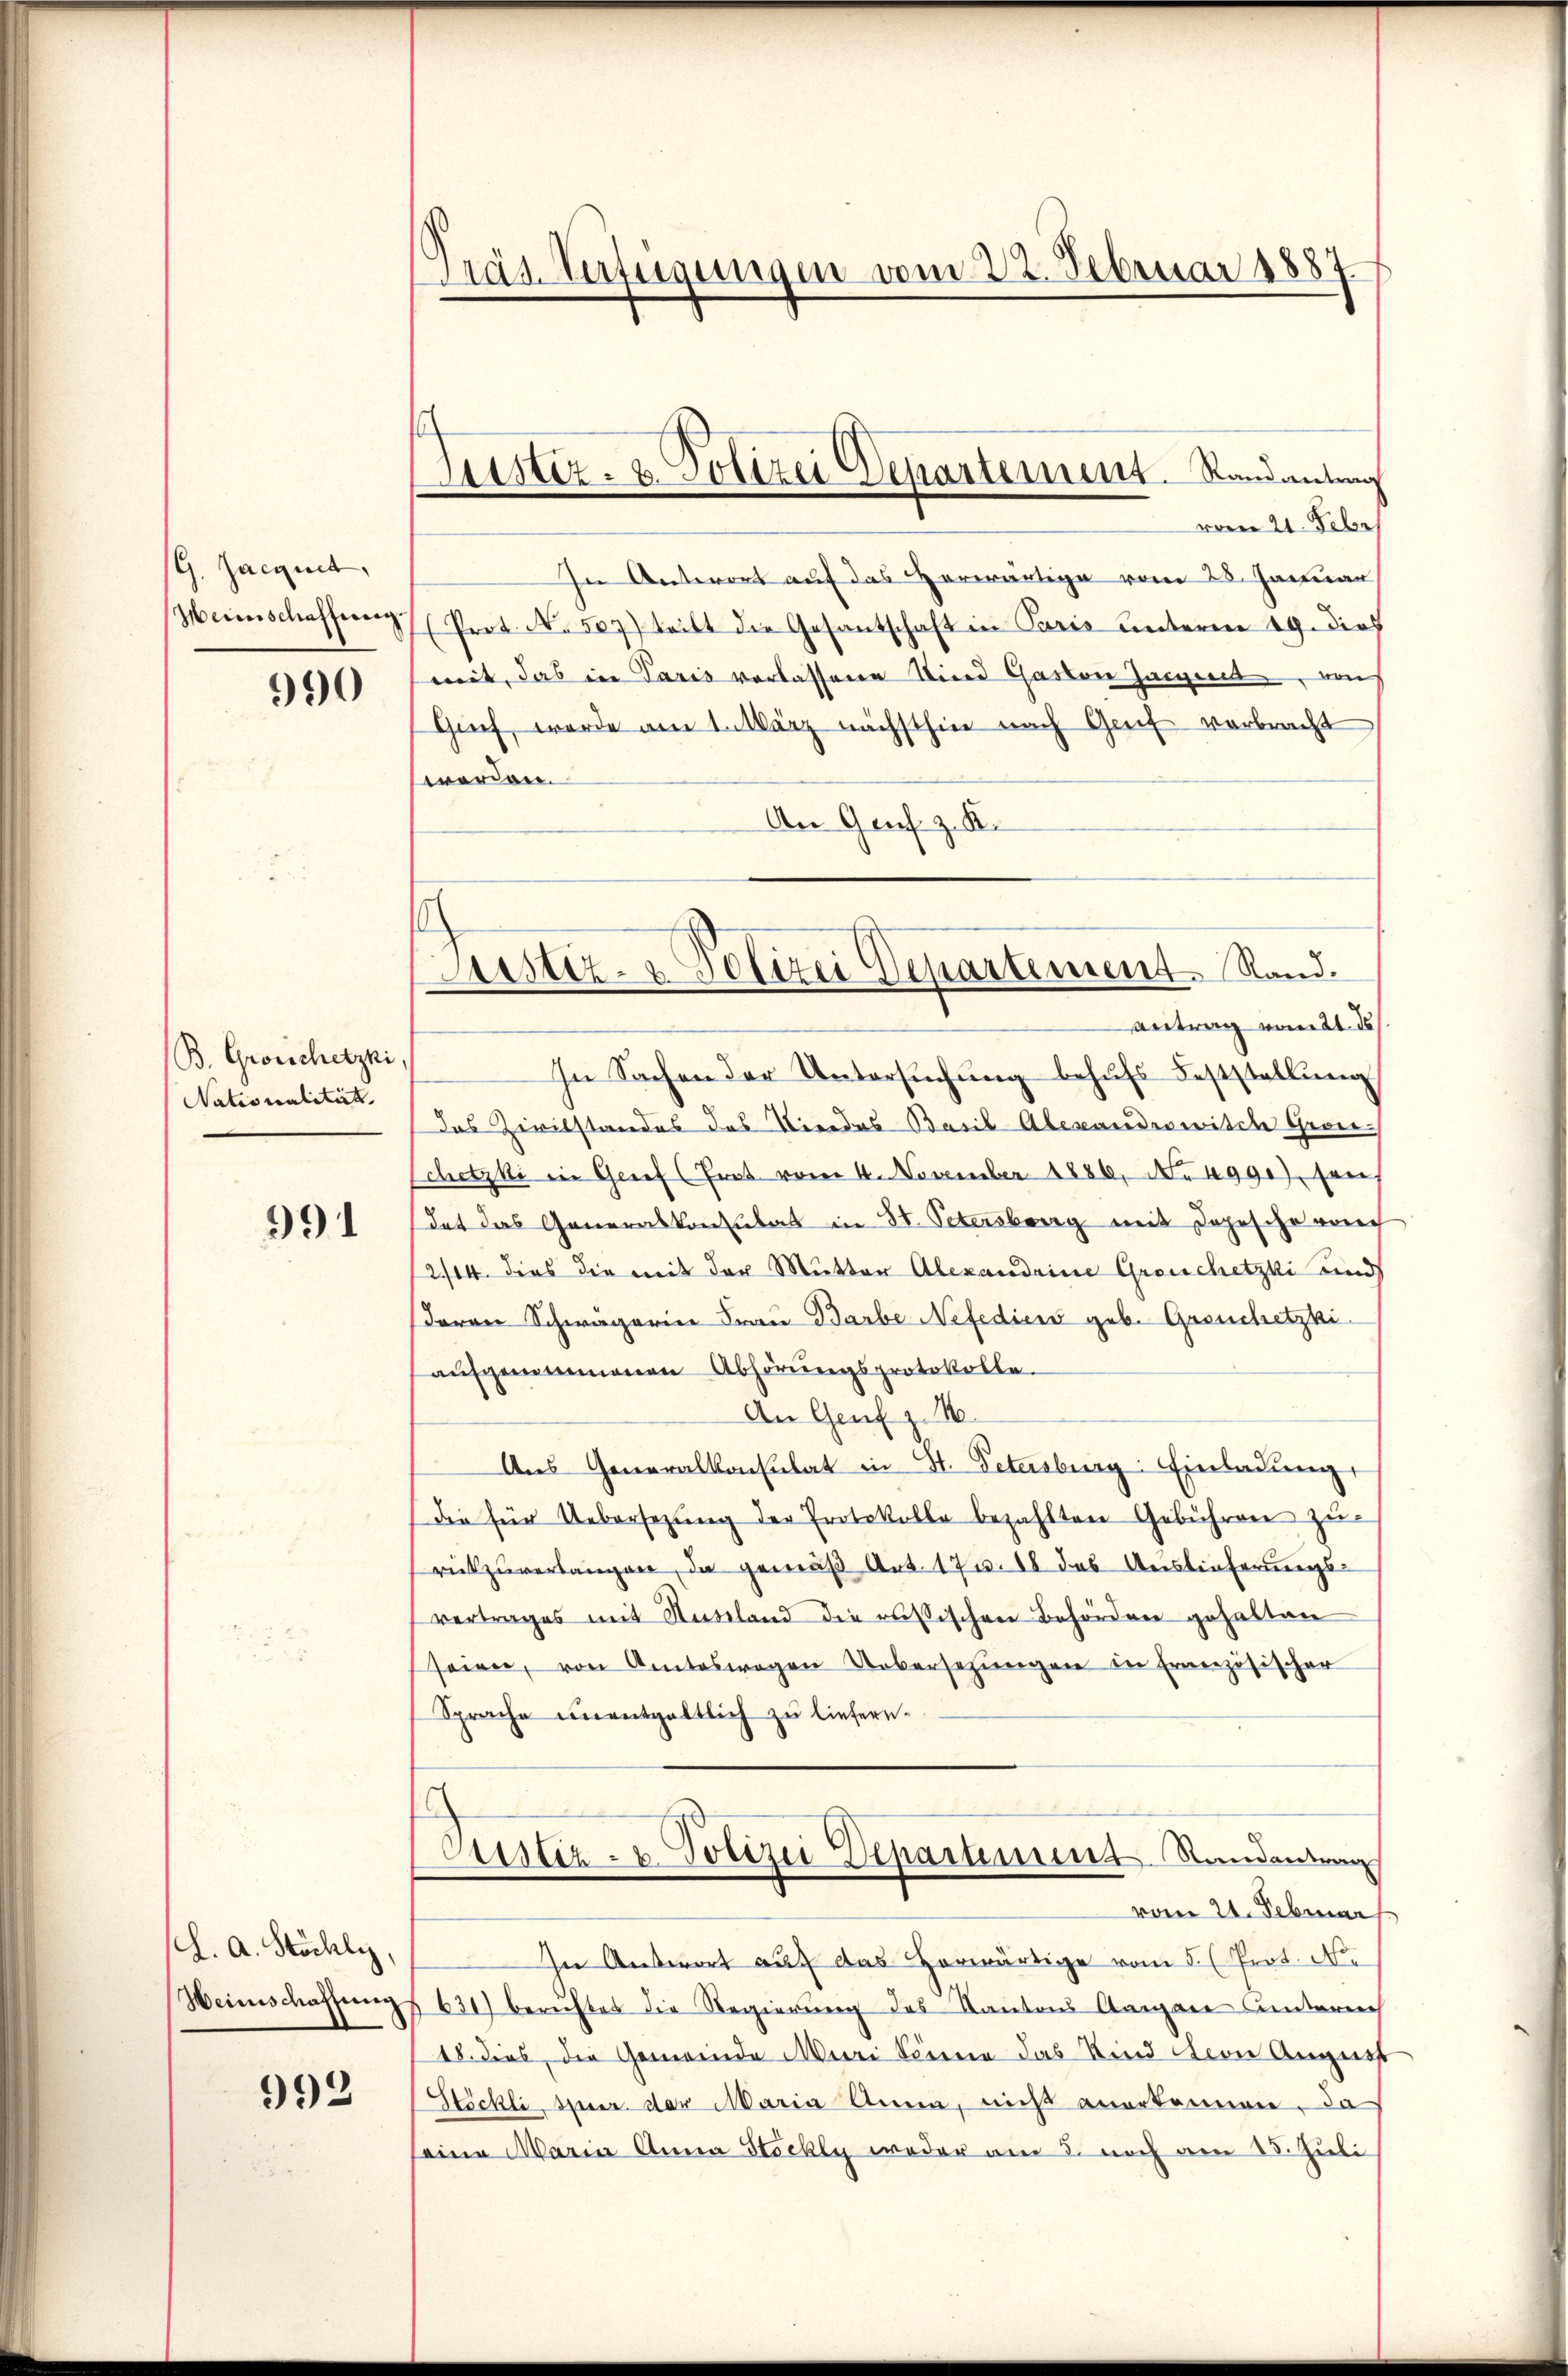
G. Jacquit,
Heimschaffung.

990

B. Groschetzki,
Nationalität.

991

h. a. Stöchly,
Weinschaffung

993

Pras Verfügungen vom 22. Februar 1887

aister. 2. Sitter Departement. Randantrag

Justiz- & Polizei Departement Rand¬
Antrag vom 21. ds

vom 21. Febr
In Unterort auf das vorwärtige vom 28. Januar
(Prot. N. 507) teilt die Gesantschaft in Paris unterm 19. dies
mit, das in Paris verlassene Kind Gaston Haignet, von
Guch, werde am 1. März nächsthin nach Genf verbracht
werden.
An Graf z. K.
In Sachen der Untersuchung behufs Feststellung
das Zivilstandes das Vierdes Basil Alexandeswilch Grochetzki in Grief (Trat vom 4. November 1886, No 499.), son
dat das Generalkonsulat in St. Petersberg mit dopesche rech
2/14. dies die mit der Mutter Alexandeine Grouchetzki und
daran Schwägerin Frau Barbe Nefedici geb. Greuchetzki
aŭfgenommenen Abhörŭngsprotokolle.
An Genf z. N
Ans Generalkonsulat in St. Petersburg: Einladŭng,
die für Uebersezung der Protokolle bezahlten Gebühren zurückzuverlangen, da gemäß Art. 172. 18 des Auslieferungs-
vertrages mit Ausland die russischen Behörden gehalten
seien, von Amtswegen Uebersetzungen in französischer
Sprache unentgeltlich zu liefern.
Justiz- u. Polizei Departement Stunden
vom 24. Februar
In Antwort auf das herwärtige vom 5. (Prot. No
630) beruhtet die Regierung des Kantons Aargare unterrich
18. dies die Gemeinde Muri könne das Kind den August
Stöckli, Spur der Maria Anna, nicht anerkennen. Da
seine Maria Anna Stockly weder am 3. noch am 15. Juli